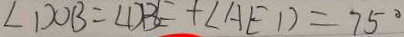
\angle D O B = \angle D B E + \angle A E D = 7 5 ^ { \circ }